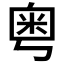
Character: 𫒀